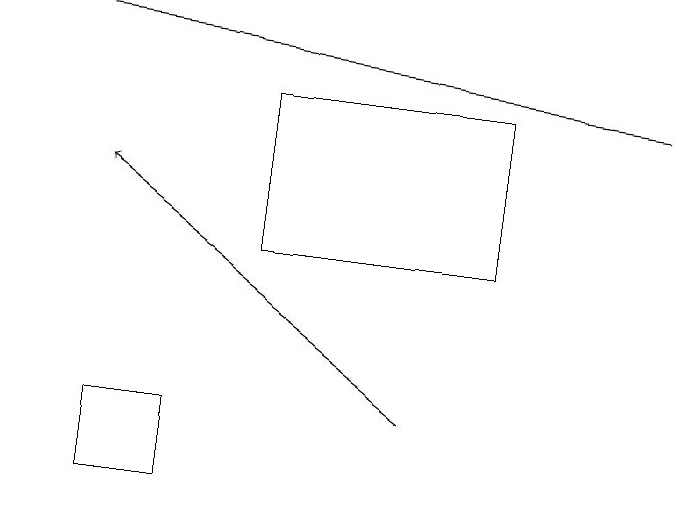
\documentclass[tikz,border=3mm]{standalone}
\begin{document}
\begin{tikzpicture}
\draw[->] (9,18) -- (1,19);
\draw[->] (6,14) -- (2,17);
\draw (3,14) rectangle (2,13);
\draw (4,18) rectangle (7,16);
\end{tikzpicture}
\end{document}